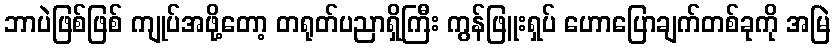
ဘာပဲဖြစ်ဖြစ် ကျုပ်အဖို့တော့ တရုတ်ပညာရှိကြီး ကွန်ဖြူးရှပ် ဟောပြောချက်တစ်ခုကို အမြဲ